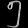
Digit: ၅